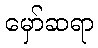
မှော်ဆရာ